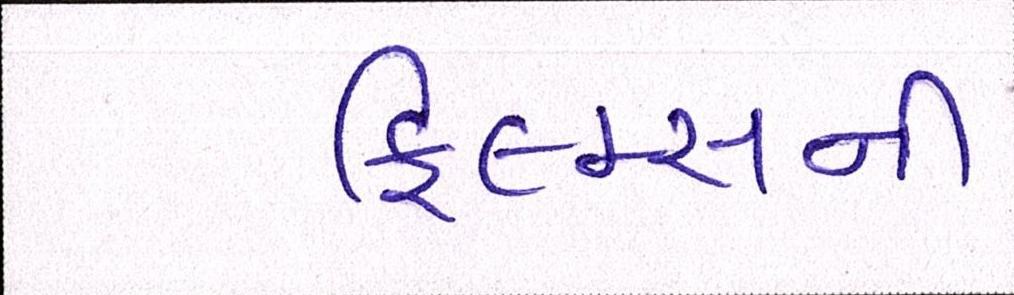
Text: ફિલ્મ્સની